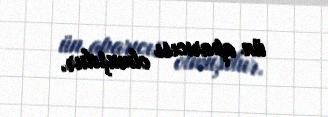
ün aparıcısı olmuşdur.